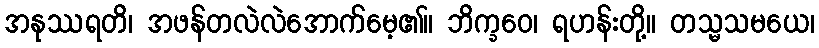
အနုဿရတိ၊ အဖန်တလဲလဲအောက်မေ့၏။ ဘိက္ခဝေ၊ ရဟန်းတို့။ တသ္မသမယေ၊